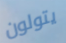
يتولون